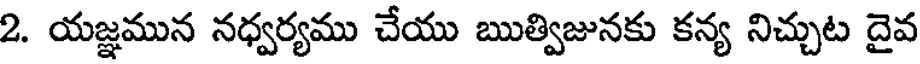
2. యజ్ఞమున నధ్వర్యము చేయు ఋత్విజునకు కన్య నిచ్చుట దైవ